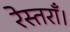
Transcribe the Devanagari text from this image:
रेस्तराँ।